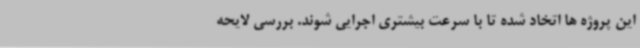
این پروژه ها اتخاد شده تا با سرعت بیشتری اجرایی شوند. بررسی لایحه